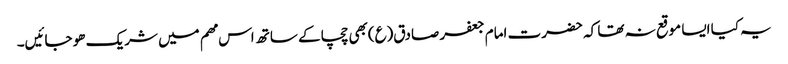
یہ کیا ایسا موقع نہ تھا کہ حضرت امام جعفر صادق(ع)بھی چچا کے ساتھ اس مھم میں شریک ھو جائیں۔